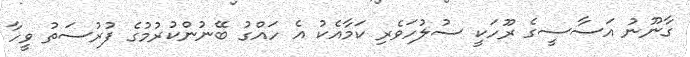
ގާނޫނު އަސާސީގެ ރޫހަކީ ސުލުހަވެރި ކަމާއެކު އެ ހައްގު ބޭނުންކުރުމުގެ ފުރުސަތު ވީހާ